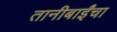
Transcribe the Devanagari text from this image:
तानीबाईंचा